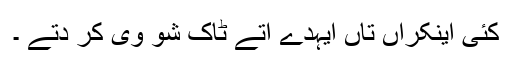
کئی اینکراں تاں ایہدے اُتے ٹاک شو وی کر دتے ۔